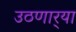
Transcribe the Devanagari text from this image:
उठणार्‍या